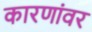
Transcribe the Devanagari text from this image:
कारणांवर